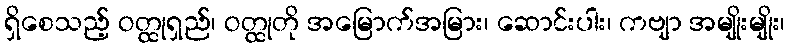
ရှိစေသည့် ဝတ္ထုရှည်၊ ဝတ္ထုတို အမြောက်အမြား၊ ဆောင်းပါး၊ ကဗျာ အမျိုးမျိုး၊